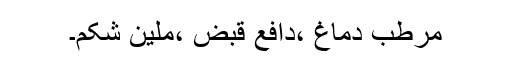
مرطب دماغ ،دافع قبض ،ملیّن شِکم۔